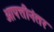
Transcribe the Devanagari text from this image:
आपत्तीनंतर